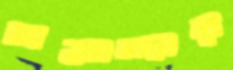
সমাদ্দার